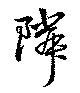
隣